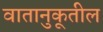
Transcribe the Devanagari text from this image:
वातानुकूतील